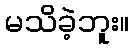
မသိခဲ့ဘူး။